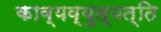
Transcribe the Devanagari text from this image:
काव्यव्युत्पत्ति